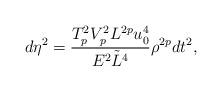
LaTeX: \begin{align*}d\eta^2={{T^2_pV^2_pL^{2p}u^4_0}\over{E^2\tilde{L}^4}}\rho^{2p}dt^2,\end{align*}